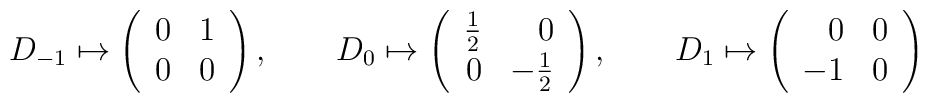
D_{-1} \mapsto\left( \begin{array}{rr} 0 & 1 \\ 0 & 0 \end{array} \right),\qquad D_0 \mapsto\left( \begin{array}{rr} {\textstyle \frac12 } & 0 \\0 & -{\textstyle \frac12 } \end{array} \right),\qquad D_1 \mapsto\left( \begin{array}{rr} 0 & 0 \\ -1 & 0 \end{array} \right)